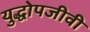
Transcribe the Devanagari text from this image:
युद्धोपजीवी